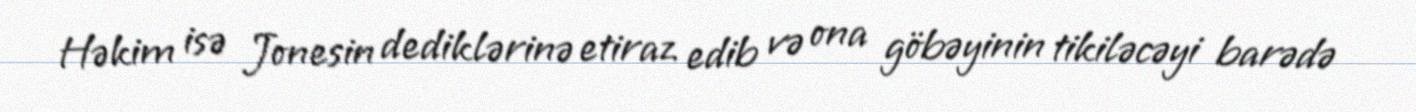
Həkim isə Jonesin dediklərinə etiraz edib və ona göbəyinin tikiləcəyi barədə